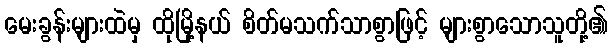
မေးခွန်းများထဲမှ ထိုမြို့နယ် စိတ်မသက်သာစွာဖြင့် များစွာသောသူတို့၏